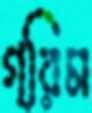
গ্রিম